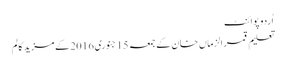
اُردو پوائنٹ
تعلیم قمر الزماں خان کے جمعہ 15 جنوری 2016 کے مزید کالم